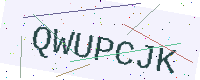
Text: QWUPCJK